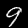
Label: 9